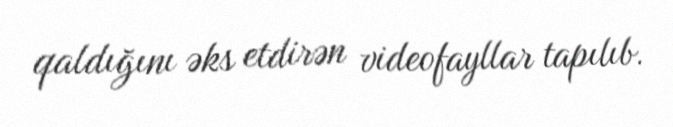
qaldığını əks etdirən videofayllar tapılıb.